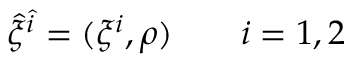
{ \hat { \xi } } ^ { \hat { i } } = ( \xi ^ { i } , \rho ) \qquad i = 1 , 2